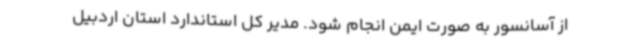
از آسانسور به صورت ایمن انجام شود. مدیر کل استاندارد استان اردبیل